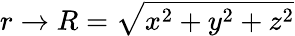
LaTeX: r\to R={\sqrt{x^{2}+y^{2}+z^{2}}}